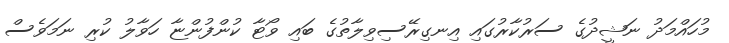
މުހައްމަދު ނަޝީދުގެ ސަރުކާރުގައި އިނގިރޭސިވިލާތުގެ ބައި ވޯޓާ ކުންފުންޏާ ހަވާލު ކުރި ނަމަވެސް